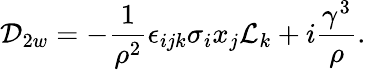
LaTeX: {\cal D}_{2w}=-{\frac{1}{{\rho}^{2}}}{\epsilon}_{ijk}{\sigma}_{i}x_{j}{\cal L}_{k}+i{\frac{{\gamma}^{3}}{\rho}}.